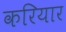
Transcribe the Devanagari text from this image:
करियार